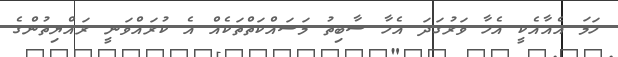
ހަމަ އެއާއެކީ އެހާ ވަރުގަދަ އެހާ ސާބިތު މަސައްކަތްތަކެއް އެ ކުރައްވަނީ ރައްޔިތުންގެ